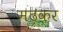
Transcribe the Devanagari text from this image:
मढ़कर